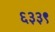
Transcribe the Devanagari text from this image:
६३३९